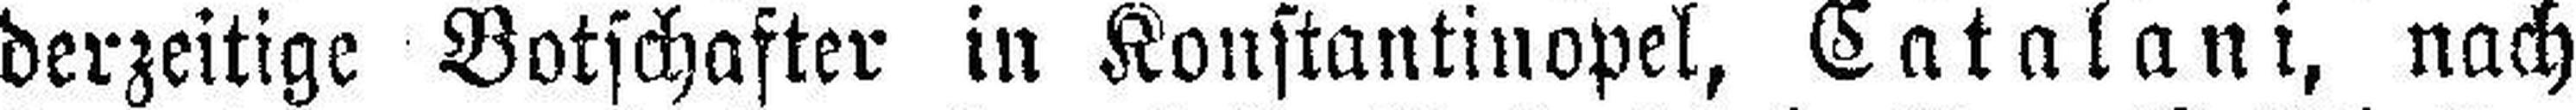
derzeitige Botschafter in Konstantinopel, Catalani, nach